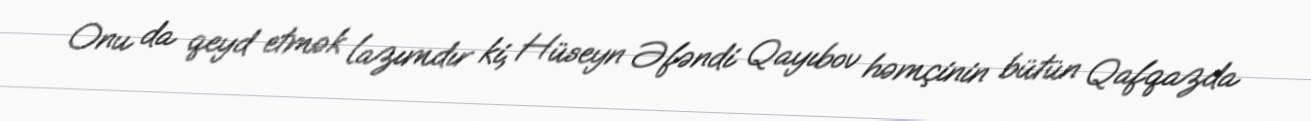
Onu da qeyd etmək lazımdır ki, Hüseyn Əfəndi Qayıbov həmçinin bütün Qafqazda